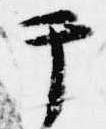
テ